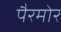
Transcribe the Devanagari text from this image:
पैरमोर